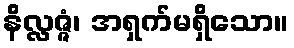
နိလ္လဇ္ဇံ၊ အရှက်မရှိသော။